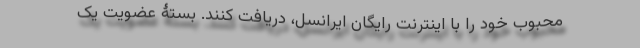
محبوب خود را با اینترنت رایگان ایرانسل، دریافت کنند. بستۀ عضویت یک